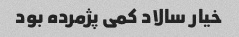
خیار سالاد کمی پژمرده بود